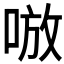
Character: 𰇷